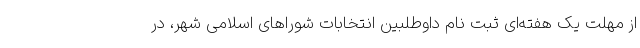
از مهلت یک هفته‌ای ثبت نام داوطلبین انتخابات شوراهای اسلامی شهر، در